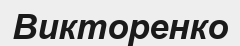
Викторенко